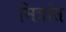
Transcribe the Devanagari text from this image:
मित्रांत